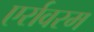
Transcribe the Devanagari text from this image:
एर्रावरम